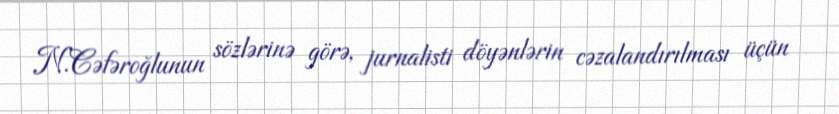
N.Cəfəroğlunun sözlərinə görə, jurnalisti döyənlərin cəzalandırılması üçün